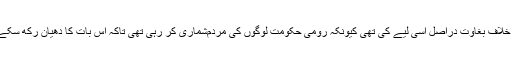
‏ گلیل کے یہوداہ نے روم کے خلاف بغاوت دراصل اِسی لیے کی تھی کیونکہ رومی حکومت لوگوں کی مردم‌شماری کر رہی تھی تاکہ اِس بات کا دھیان رکھ سکے کہ سب لوگ ٹیکس ادا کریں۔